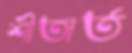
শীতার্ত